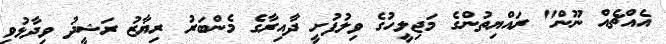
އެއްޗެއް ނޫން" ރައްޔިތުންގެ މަޖިލީހުގެ ވިލުފުށީ ދާއިރާގެ މެންބަރު ރިޔާޒު ރަޝީދު ވިދާޅުވި